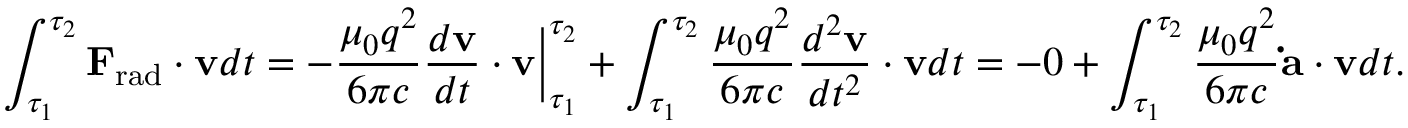
\int _ { \tau _ { 1 } } ^ { \tau _ { 2 } } \mathbf { F } _ { \mathrm { r a d } } \cdot \mathbf { v } d t = - { \frac { \mu _ { 0 } q ^ { 2 } } { 6 \pi c } } { \frac { d \mathbf { v } } { d t } } \cdot \mathbf { v } { \bigg | } _ { \tau _ { 1 } } ^ { \tau _ { 2 } } + \int _ { \tau _ { 1 } } ^ { \tau _ { 2 } } { \frac { \mu _ { 0 } q ^ { 2 } } { 6 \pi c } } { \frac { d ^ { 2 } \mathbf { v } } { d t ^ { 2 } } } \cdot \mathbf { v } d t = - 0 + \int _ { \tau _ { 1 } } ^ { \tau _ { 2 } } { \frac { \mu _ { 0 } q ^ { 2 } } { 6 \pi c } } \mathbf { \dot { a } } \cdot \mathbf { v } d t .